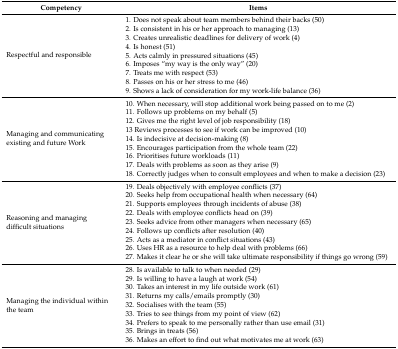
<table><thead><tr><td><b>Competency</b></td><td><b>Items</b></td></tr></thead><tbody><tr><td rowspan="9">Respectful and responsible</td><td>1. Does not speak about team members behind their backs (50)</td></tr><tr><td>2. Is consistent in his or her approach to managing (13)</td></tr><tr><td>3. Creates unrealistic deadlines for delivery of work (4)</td></tr><tr><td>4. Is honest (51)</td></tr><tr><td>5. Acts calmly in pressured situations (45)</td></tr><tr><td>6. Imposes “my way is the only way” (20)</td></tr><tr><td>7. Treats me with respect (53)</td></tr><tr><td>8. Passes on his or her stress to me (46)</td></tr><tr><td>9. Shows a lack of consideration for my work-life balance (36)</td></tr><tr><td rowspan="9">Managing and communicating existing and future Work</td><td>10. When necessary, will stop additional work being passed on to me (2)</td></tr><tr><td>11. Follows up problems on my behalf (5)</td></tr><tr><td>12. Gives me the right level of job responsibility (18)</td></tr><tr><td>13 Reviews processes to see if work can be improved (10)</td></tr><tr><td>14. Is indecisive at decision-making (8)</td></tr><tr><td>15. Encourages participation from the whole team (22)</td></tr><tr><td>16. Prioritises future workloads (11)</td></tr><tr><td>17. Deals with problems as soon as they arise (9)</td></tr><tr><td>18. Correctly judges when to consult employees and when to make a decision (23)</td></tr><tr><td rowspan="9">Reasoning and managing difficult situations</td><td>19. Deals objectively with employee conflicts (37)</td></tr><tr><td>20. Seeks help from occupational health when necessary (64)</td></tr><tr><td>21. Supports employees through incidents of abuse (38)</td></tr><tr><td>22. Deals with employee conflicts head on (39)</td></tr><tr><td>23. Seeks advice from other managers when necessary (65)</td></tr><tr><td>24. Follows up conflicts after resolution (40)</td></tr><tr><td>25. Acts as a mediator in conflict situations (43)</td></tr><tr><td>26. Uses HR as a resource to help deal with problems (66)</td></tr><tr><td>27. Makes it clear he or she will take ultimate responsibility if things go wrong (59)</td></tr><tr><td rowspan="9">Managing the individual within the team</td><td>28. Is available to talk to when needed (29)</td></tr><tr><td>29. Is willing to have a laugh at work (54)</td></tr><tr><td>30. Takes an interest in my life outside work (61)</td></tr><tr><td>31. Returns my calls/emails promptly (30)</td></tr><tr><td>32. Socialises with the team (55)</td></tr><tr><td>33. Tries to see things from my point of view (62)</td></tr><tr><td>34. Prefers to speak to me personally rather than use email (31)</td></tr><tr><td>35. Brings in treats (56)</td></tr><tr><td>36. Makes an effort to find out what motivates me at work (63)</td></tr></tbody></table>